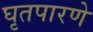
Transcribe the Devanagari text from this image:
घृतपारणे